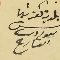
بلدية كفرشيما رئىس ىعوم دىب العارح